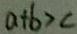
a + b > c